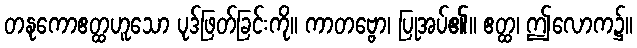
တနုကောဧတ္ထဟူသော ပုဒ်ဖြတ်ခြင်းကို။ ကာတဗ္ဗော၊ ပြုအပ်၏။ ဧတ္ထ၊ ဤလောက၌။